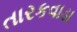
તારકવાડા